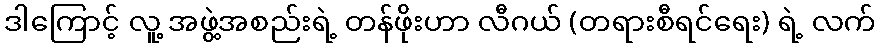
ဒါကြောင့် လူ့ အဖွဲ့အစည်းရဲ့ တန်ဖိုးဟာ လီဂယ် (တရားစီရင်ရေး) ရဲ့ လက်